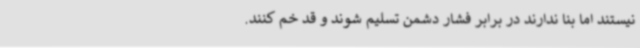
نیستند اما بنا ندارند در برابر فشار دشمن تسلیم شوند و قد خم کنند.